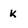
Character: k